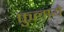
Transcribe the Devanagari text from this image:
फुलाये